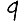
Digit: 9